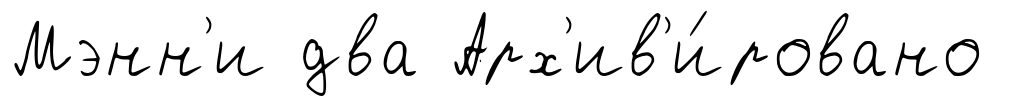
Мэнн'и два Арх'ив'и́ровано